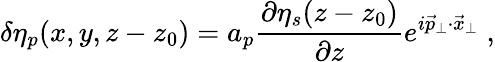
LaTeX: \delta\eta_{p}(x,y,z-z_{0})=a_{p}\frac{\partial\eta_{s}(z-z_{0})}{\partial z}e^{i\vec{p}_{\perp}\cdot\vec{x}_{\perp}}\; ,